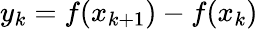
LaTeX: y_{k}=f(x_{k+1})-f(x_{k})